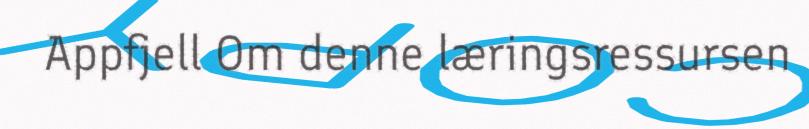
Appfjell Om denne læringsressursen